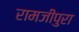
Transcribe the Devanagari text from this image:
रामजीपुरा